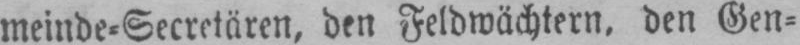
meinde⸗Secretären. den Feldwächtern. den Gen⸗